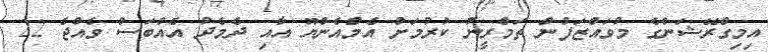
އިމިގްރޭޝަންގެ މުވައްޒަފުން ތަމްރީނު ކުރުމަށް އެމްއެންޔޫ އާއި ދެމެދު އެއްބަސް ވެއްޖެ 22